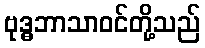
ဗုဒ္ဓဘာသာဝင်တို့သည်